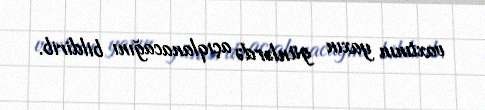
vaxtının yaxın günlərdə açıqlanacağını bildirib.